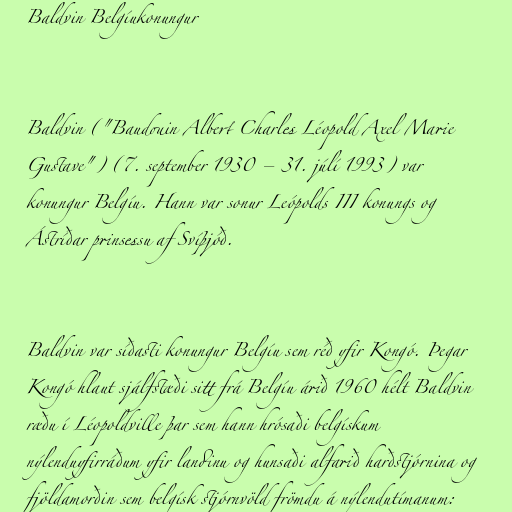
Baldvin Belgíukonungur

Baldvin ("Baudouin Albert Charles Léopold Axel Marie
Gustave") (7. september 1930 – 31. júlí 1993) var
konungur Belgíu. Hann var sonur Leópolds III konungs og
Ástríðar prinsessu af Svíþjóð.

Baldvin var síðasti konungur Belgíu sem réð yfir Kongó. Þegar
Kongó hlaut sjálfstæði sitt frá Belgíu árið 1960 hélt Baldvin
ræðu í Léopoldville þar sem hann hrósaði belgískum
nýlenduyfirráðum yfir landinu og hunsaði alfarið harðstjórnina og
fjöldamorðin sem belgísk stjórnvöld frömdu á nýlendutímanum: